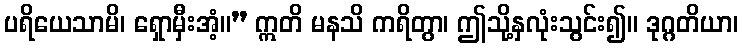
ပရိယေသာမိ၊ ရှောမှီးအံ့။” ဣတိ မနသိ ကရိတွာ၊ ဤသို့နှလုံးသွင်း၍။ ဒုဂ္ဂတိယာ၊